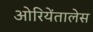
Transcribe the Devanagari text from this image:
ओरियेंतालेस